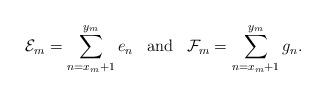
LaTeX: \begin{align*} \mathcal{E}_{m}=\displaystyle\sum_{n=x_{m}+1}^{y_{m}}e_{n}\;\;\;\mbox{and}\;\;\;\mathcal{F}_{m}=\displaystyle\sum_{n=x_{m}+1}^{y_{m}}g_{n}.\\\end{align*}